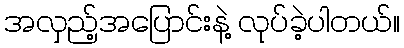
အလှည့်အပြောင်းနဲ့ လုပ်ခဲ့ပါတယ်။